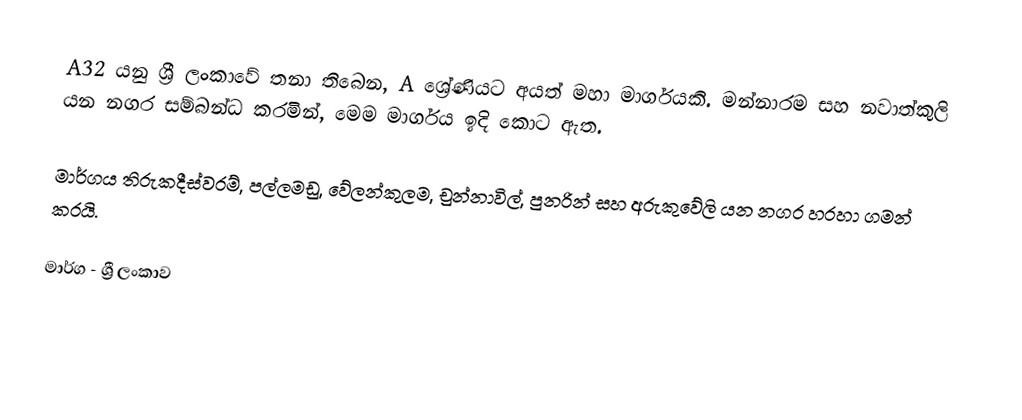
A32 යනු ශ්‍රී ලංකාවේ තනා තිබෙන, A ශ්‍රේණියට අයත් මහා මාර්ගයකි. මන්නාරම සහ නවාත්කුලි යන නගර සම්බන්ධ කරමින්, මෙම මාර්ගය ඉදි කොට ඇත.

මාර්ගය තිරුකදීස්වරම්, පල්ලමඩු, වේලන්කුලම, චුන්නාවිල්, පුනරින් සහ අරුකුවේලි යන නගර හරහා ගමන් කරයි.

මාර්ග - ශ්‍රී ලංකාව